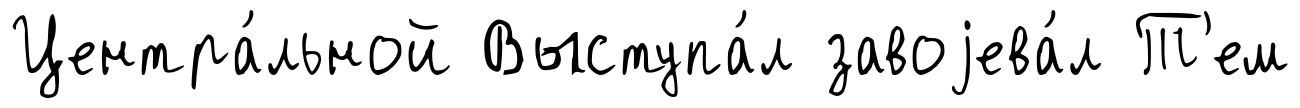
Центра́льной Выступа́л завоjева́л Т'ем